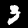
Digit: 3